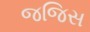
જજિસ